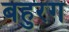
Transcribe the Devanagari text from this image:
बहुरंग